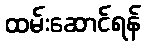
ထမ်းဆောင်ရန်